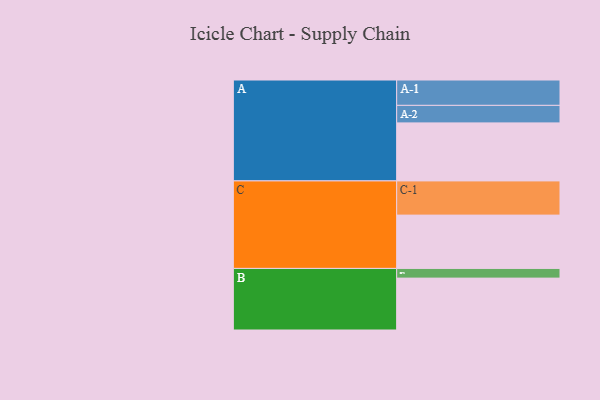
{"axis": {"x": "Segment", "y": "Value"}, "legend": ["", "A", "B", "C"], "data": [{"x": "A", "y": 407, "type": ""}, {"x": "B", "y": 364, "type": ""}, {"x": "C", "y": 374, "type": ""}, {"x": "A-1", "y": 178, "type": "A"}, {"x": "A-2", "y": 123, "type": "A"}, {"x": "B-1", "y": 68, "type": "B"}, {"x": "C-1", "y": 240, "type": "C"}]}